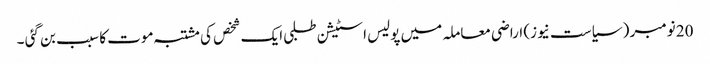
20 نومبر ( سیاست نیوز) اراضی معاملہ میں پولیس اسٹیشن طلبی ایک شخص کی مشتبہ موت کا سبب بن گئی ۔